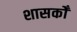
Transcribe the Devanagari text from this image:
शासकोँ